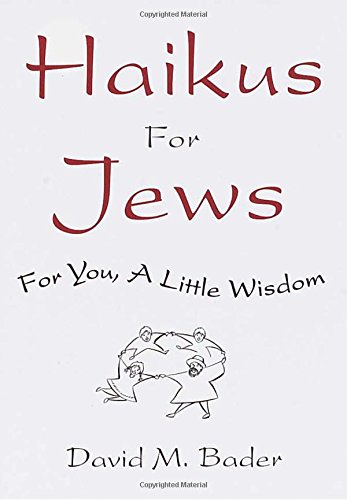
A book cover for Haikus for Jews: For You, a Little Wisdom; David M. Bader; Humor & Entertainment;